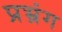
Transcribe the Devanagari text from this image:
प्रभ्रंग